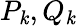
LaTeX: P_{\mathit{k}},Q_{\mathit{k}}